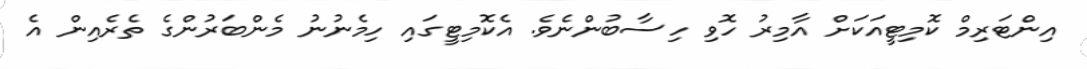
އިންޓަރިމް ކޮމިޓީއަކަށް އާމިރު ހޮވި ހިސާބުންނެވެ. އެކޮމިޓީގައި ހިމެނުނު މެންބަރުންގެ ތެރެއިން އެ